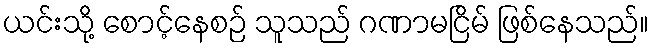
ယင်းသို့ စောင့်နေစဉ် သူသည် ဂဏာမငြိမ် ဖြစ်နေသည်။